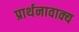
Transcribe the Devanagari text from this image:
प्रार्थनावाक्य